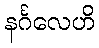
နင်္ဂလေဟိ